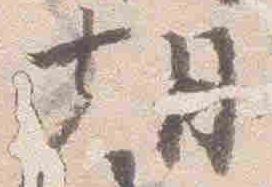
朝